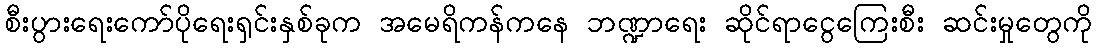
စီးပွားရေးကော်ပိုရေးရှင်းနှစ်ခုက အမေရိကန်ကနေ ဘဏ္ဍာရေး ဆိုင်ရာငွေကြေးစီး ဆင်းမှုတွေကို